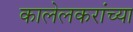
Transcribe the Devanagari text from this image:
कालेलकरांच्या